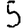
Digit: 5